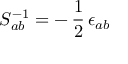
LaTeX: S _ { a b } ^ { - 1 } = - \, \frac { 1 } { 2 } \, \epsilon _ { a b }